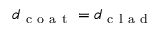
d _ { \mathrm { ~ c ~ o ~ a ~ t ~ } } = d _ { \mathrm { ~ c ~ l ~ a ~ d ~ } }